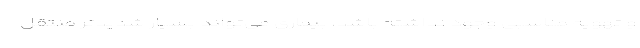
و تهویه مناسبی وجود نداشته باشد، بیماری می‌تواند بسیار شدیدتر منتقل